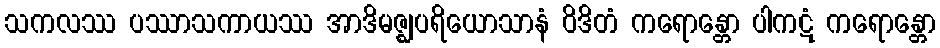
သကလဿ ပဿာသကာယဿ အာဒိမဇ္ဈပရိယောသာနံ ဝိဒိတံ ကရောန္တော ပါကဋံ ကရောန္တော